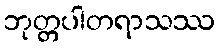
ဘုတ္တပါတရာသဿ